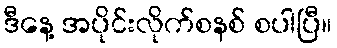
ဒီနေ့ အပိုင်းလိုက်စနစ် စပါပြီ။